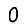
Digit: 0